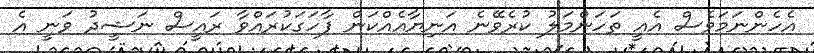
އެހެންނަމަވެސް އެއީ ތަހަންމަލު ކުރެވޭނެ އަނިޔާއެއްކަން ފާހަގަކުރައްވާ ރައީސް ނަޝީދު ވަނީ އެ